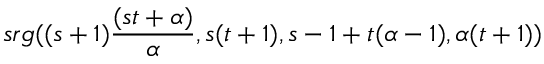
s r g ( ( s + 1 ) { \frac { ( s t + \alpha ) } { \alpha } } , s ( t + 1 ) , s - 1 + t ( \alpha - 1 ) , \alpha ( t + 1 ) )